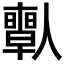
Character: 𠐱